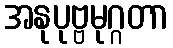
အနုပုဗ္ဗမုဂ္ဂတာ